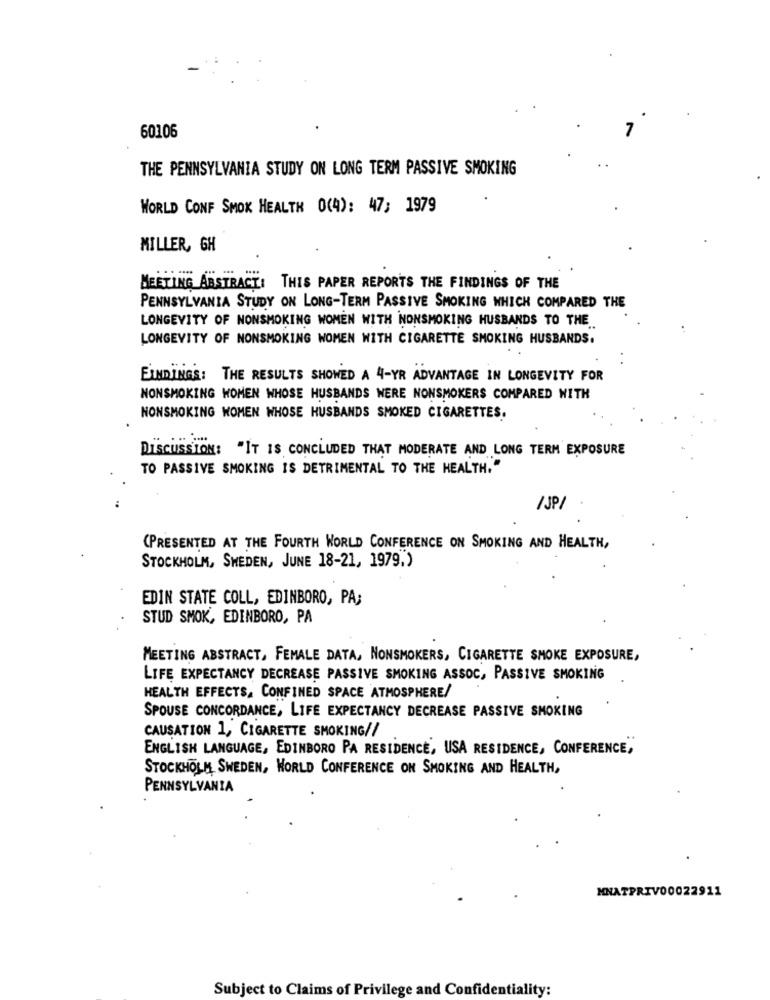
60106
THE PENNSYLVANIA STUDY ON LONG TERM PASSIVE SMOKING
WORLD CONF SMOK HEALTH O(A): 47; 1979
MILLER, GH
MEETING ABSTRACT: THIS PAPER REPORTS THE FINDINGS OF THE
PENNSYLVANIA STUDY ON LONG-TERM PASSIVE SMOKING WHICH COMPARED THE
LONGEVITY OF NONSMOKING WOMEN WITH NONSMOKING HUSBANDS TO THE.
LONGEVITY OF NONSMOKING WOMEN WITH CIGARETTE SMOKING HUSBANDS.
FINDINGS: THE RESULTS SHOWED A 4-YR ADVANTAGE IN LONGEVITY FOR
NONSMOKING WOMEN WHOSE HUSBANDS WERE NONSMOKERS COMPARED WITH
NONSMOKING WOMEN WHOSE HUSBANDS SMOKED CIGARETTES.
DISCUSSION: "IT IS CONCLUDED THAT MODERATE AND LONG TERM EXPOSURE
TO PASSIVE SMOKING IS DETRIMENTAL TO THE HEALTH."
/ JP/
(PRESENTED AT THE FOURTH WORLD CONFERENCE ON SMOKING AND HEALTH,
STOCKHOLM, SWEDEN, JUNE 18-21, 1979.)
EDIN STATE COLL, EDINBORO, PA;
STUD SMOK, EDINBORO, PA
MEETING ABSTRACT, FEMALE DATA, NONSMOKERS, CIGARETTE SMOKE EXPOSURE,
LIFE EXPECTANCY DECREASE PASSIVE SMOKING ASSOC, PASSIVE SMOKING
HEALTH EFFECTS. CONFINED SPACE ATMOSPHERE/
SPOUSE CONCORDANCE, LIFE EXPECTANCY DECREASE PASSIVE SMOKING
CAUSATION 1, CIGARETTE SMOKING//
ENGLISH LANGUAGE, EDINBORO PA RESIDENCE, USA RESIDENCE, CONFERENCE,
STOCKHOLM SWEDEN, WORLD CONFERENCE ON SMOKING AND HEALTH,
PENNSYLVANIA
MNATPRIV00022911
Subject to Claims of Privilege and Confidentiality: